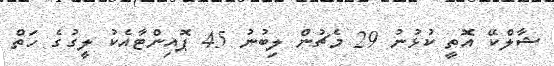
ޝާލްކޭ އޮތީ ކުޅުނު 29 މެޗުން ލިބުނު 45 ޕޮއިންޓާއެކު ލީގުގެ ހަތް